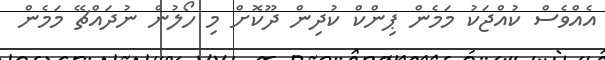
އެއްވެސް ކުއްޖަކު މަމެން ޕިންކް ކުދިން ދޫކޮށް މި ހޯލުން ނުދައްޗޭ މަމެން